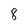
Character: 8